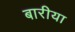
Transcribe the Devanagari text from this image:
बारीया